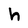
Character: h